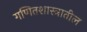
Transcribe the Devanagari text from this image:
गणितशास्त्रातील